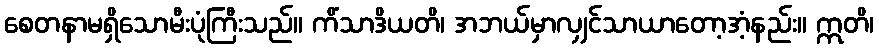
စေတနာမရှိသောမီးပုံကြီးသည်။ ကိံသာဒိယတိ၊ အဘယ်မှာလျှင်သာယာတော့အံ့နည်း။ ဣတိ၊